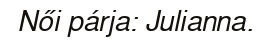
Női párja: Julianna.